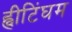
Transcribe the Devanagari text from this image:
ह्वीटिंघम